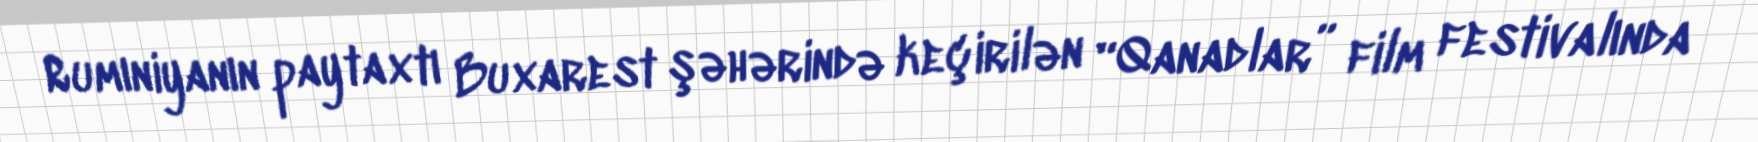
Rumıniyanın paytaxtı Buxarest şəhərində keçirilən “Qanadlar” film festivalında